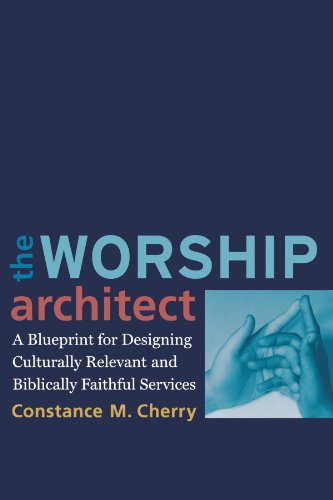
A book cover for The Worship Architect: A Blueprint for Designing Culturally Relevant and Biblically Faithful Services; Constance M. Cherry; Christian Books & Bibles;